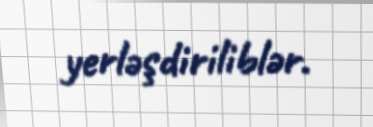
yerləşdiriliblər.